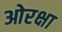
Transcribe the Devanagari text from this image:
ओरक्षा